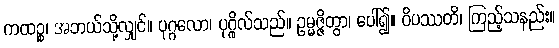
ကထဉ္စ၊ အဘယ်သို့လျှင်။ ပုဂ္ဂလော၊ ပုဂ္ဂိုလ်သည်။ ဥမ္မဇ္ဇိတွာ၊ ပေါ်၍။ ဝိပဿတိ၊ ကြည့်သနည်း။